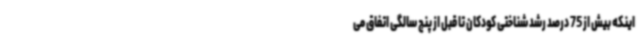
اینکه بیش از 75 درصد رشد شناختی کودکان تا قبل از پنج سالگی اتفاق می